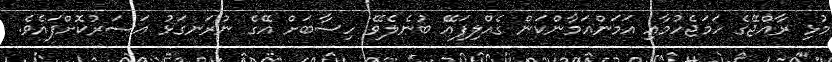
މުޅި ރާއްޖޭގެ ހަމަޖެހުމާއި އަމަންއަމާންކަން ގެއްލިފައޭ ބުނެލެވޭ ހިސާބަށް އޭގެ ނުރަނގަޅު އަސަރުކޮށްފައެވެ.